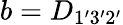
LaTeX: b={D}_{1^{\prime}3^{\prime}2^{\prime}}